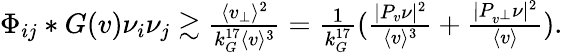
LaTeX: \begin{array}{r}{\Phi_{ij}*G(v)\nu_{i}\nu_{j}\gtrsim\frac{\langle v_{\perp}\rangle^{2}}{k_{G}^{17}\langle v\rangle^{3}}=\frac{1}{k_{G}^{17}}(\frac{|P_{v}\nu|^{2}}{\langle v\rangle^{3}}+\frac{|P_{v^{\perp}}\nu|^{2}}{\langle v\rangle}).}\end{array}